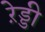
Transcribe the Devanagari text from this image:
रे़ड्डी